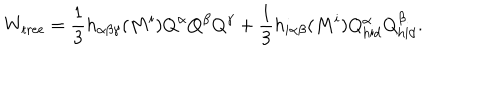
W _ { \mathrm { t r e e } } = { \frac { 1 } { 3 } } h _ { \alpha \beta \gamma } ( M ^ { i } ) Q ^ { \alpha } Q ^ { \beta } Q ^ { \gamma } + { \frac { 1 } { 3 } } h _ { i \alpha \beta } ( M ^ { i } ) Q _ { \mathrm { h i d } } ^ { \alpha } Q _ { \mathrm { h i d } } ^ { \beta } .